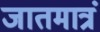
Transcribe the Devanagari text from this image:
जातमात्रं